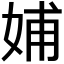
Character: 𡜵